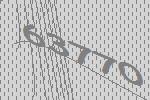
63770